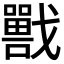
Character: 𡃣